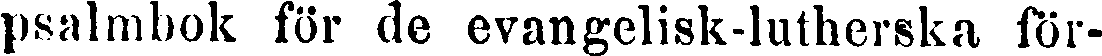
psalmbok för de evangelisk-lutherska för-